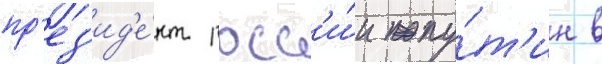
пр'ез'ид'е́нт росс'и́и пу́т'ин в